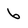
Character: 6